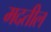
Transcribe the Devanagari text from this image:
मदतील